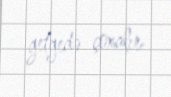
getgedə çoxalır.